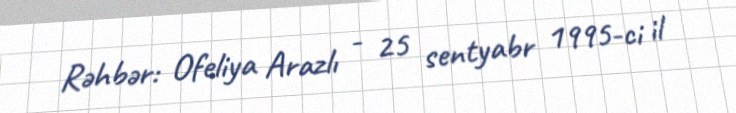
Rəhbər: Ofeliya Arazlı - 25 sentyabr 1995-ci il